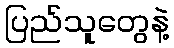
ပြည်သူတွေနဲ့